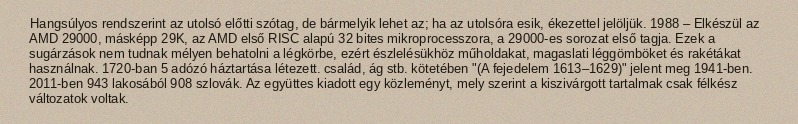
Hangsúlyos rendszerint az utolsó előtti szótag, de bármelyik lehet az; ha az utolsóra esik, ékezettel jelöljük. 1988 – Elkészül az AMD 29000, másképp 29K, az AMD első RISC alapú 32 bites mikroprocesszora, a 29000-es sorozat első tagja. Ezek a sugárzások nem tudnak mélyen behatolni a légkörbe, ezért észlelésükhöz műholdakat, magaslati léggömböket és rakétákat használnak. 1720-ban 5 adózó háztartása létezett. család, ág stb. kötetében "(A fejedelem 1613–1629)" jelent meg 1941-ben. 2011-ben 943 lakosából 908 szlovák. Az együttes kiadott egy közleményt, mely szerint a kiszivárgott tartalmak csak félkész változatok voltak.